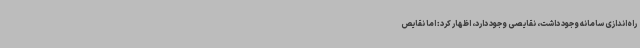
راه‌اندازی سامانه وجود داشت، نقایصی وجود دارد، اظهار کرد: اما نقایص